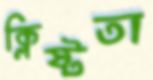
ক্লিষ্টতা